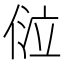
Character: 𠊔